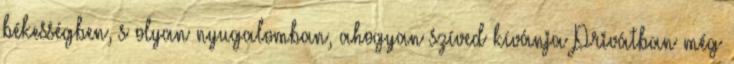
békességben, s olyan nyugalomban, ahogyan szíved kívánja Privátban még